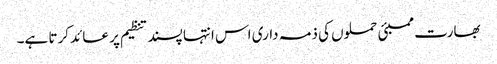
بھارت ممبئی حملوں کی ذمہ داری اس انتہا پسند تنظیم پر عائد کرتا ہے۔